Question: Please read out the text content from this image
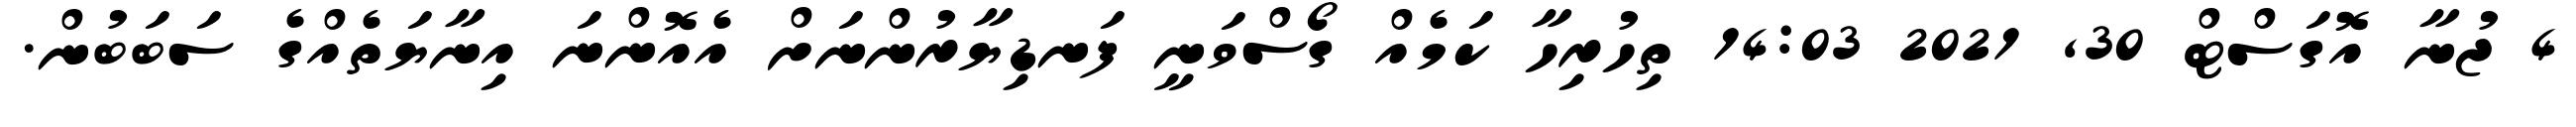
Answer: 4 ޖުނާ އޮގަސްޓް 30, 2021 14:03 ތިހުރިހާ ކަމެއް ގޯސްވަނީ ފަނޑިޔާރުންނަށް އެއޮންނަ އިނާޔަތެއްގެ ސަބަބުން.